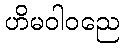
ဟိမဝါဝညေ